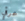
عرقي